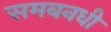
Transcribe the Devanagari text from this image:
समबनधी